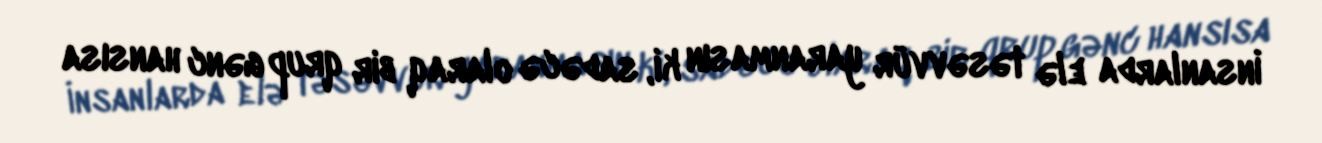
İnsanlarda elə təsəvvür yaranmasın ki, sadəcə olaraq bir qrup gənc hansısa